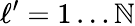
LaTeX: \ell^{\prime}=1\ldots\mathbb{N}